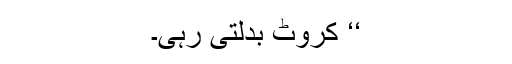
‘‘ کروٹ بدلتی رہی۔